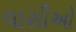
વાસીઓ